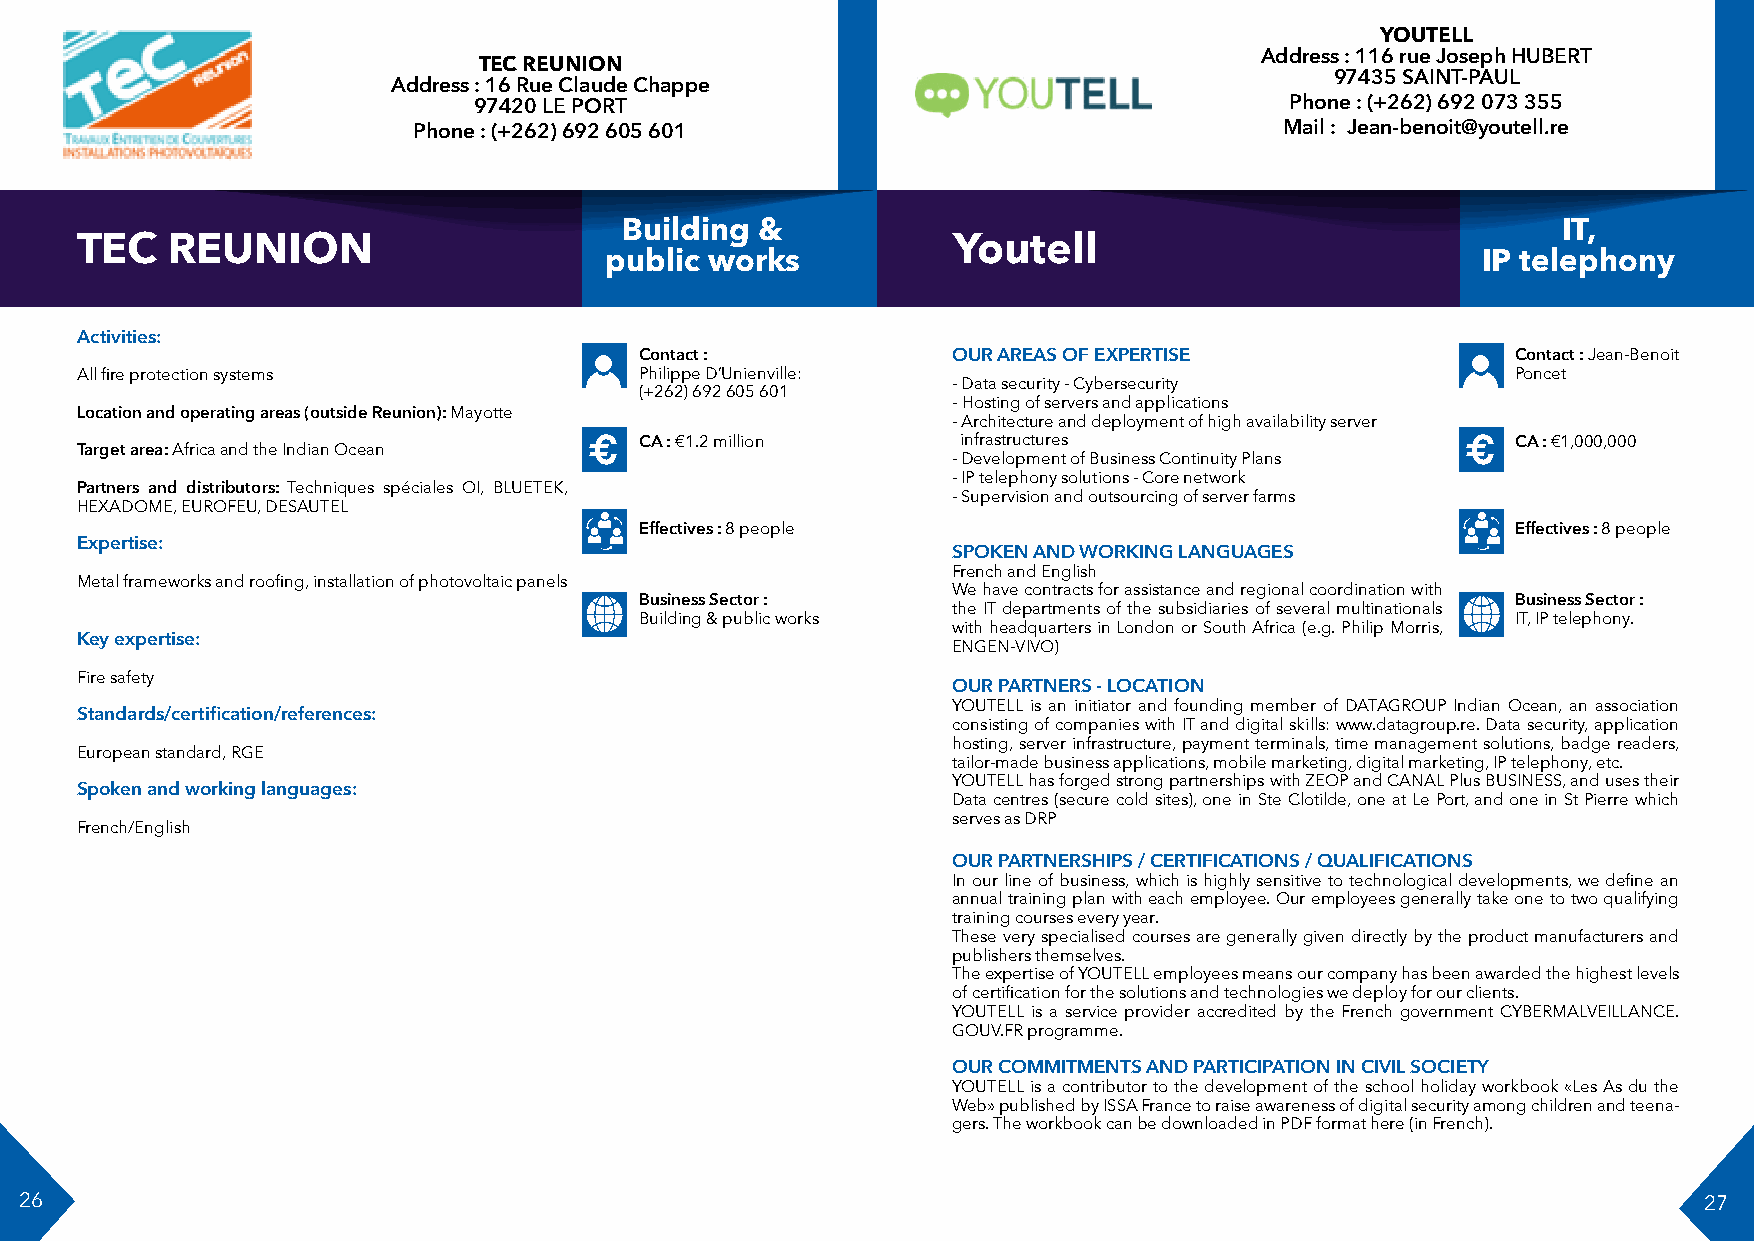
YOUTELL
 Address : 116 rue Joseph HUBERT
 TEC REUNION
 97435 SAINT-PAUL
 Address : 16 Rue Claude Chappe
 97420 LE PORT                                         Phone : (+262) 692 073 355
 Phone : (+262) 692 605 601                                Mail : Jean-benoit@youtell.re
 Building &                                                    IT,
 TEC   REUNION                                             Youtell
 public works                                              IP telephony
 Activities:
 Contact :            OUR AREAS OF EXPERTISE               Contact : Jean-Benoit
 All fire protection systems          Philippe D’Unienville:                                    Poncet
 - Data security - Cybersecurity
 (+262) 692 605 601
 - Hosting of servers and applications
 Location and operating areas (outside Reunion): Mayotte
 - Architecture and deployment of high availability server
 Target area: Africa and the Indian Ocean € CA : €1.2 million infrastructures                €  CA : €1,000,000
 - Development of Business Continuity Plans
 - IP telephony solutions - Core network
 Partners and distributors: Techniques spéciales OI, BLUETEK,
 - Supervision and outsourcing of server farms
 HEXADOME, EUROFEU, DESAUTEL
 Effectives : 8 people                                     Effectives : 8 people
 Expertise:
 SPOKEN AND WORKING LANGUAGES
 French and English
 Metal frameworks and roofing, installation of photovoltaic panels
 We have contracts for assistance and regional coordination with
 Business Sector :                                         Business Sector :
 the IT departments of the subsidiaries of several multinationals
 Building & public works                                   IT, IP telephony.
 with headquarters in London or South Africa (e.g. Philip Morris,
 Key expertise:
 ENGEN-VIVO)
 Fire safety
 OUR PARTNERS - LOCATION
 YOUTELL is an initiator and founding member of DATAGROUP Indian Ocean, an association
 Standards/certification/references:
 consisting of companies with IT and digital skills: www.datagroup.re. Data security, application
 hosting, server infrastructure, payment terminals, time management solutions, badge readers,
 European standard, RGE
 tailor-made business applications, mobile marketing, digital marketing, IP telephony, etc.
 YOUTELL has forged strong partnerships with ZEOP and CANAL Plus BUSINESS, and uses their
 Spoken and working languages:
 Data centres (secure cold sites), one in Ste Clotilde, one at Le Port, and one in St Pierre which
 serves as DRP
 French/English
 OUR PARTNERSHIPS / CERTIFICATIONS / QUALIFICATIONS
 In our line of business, which is highly sensitive to technological developments, we define an
 annual training plan with each employee. Our employees generally take one to two qualifying
 training courses every year.
 These very specialised courses are generally given directly by the product manufacturers and
 publishers themselves.
 The expertise of YOUTELL employees means our company has been awarded the highest levels
 of certification for the solutions and technologies we deploy for our clients.
 YOUTELL is a service provider accredited by the French government CYBERMALVEILLANCE.
 GOUV.FR programme.
 OUR COMMITMENTS AND PARTICIPATION IN CIVIL SOCIETY
 YOUTELL is a contributor to the development of the school holiday workbook «Les As du the
 Web» published by ISSA France to raise awareness of digital security among children and teena-
 gers. The workbook can be downloaded in PDF format here (in French).
 26                                                                                                              27